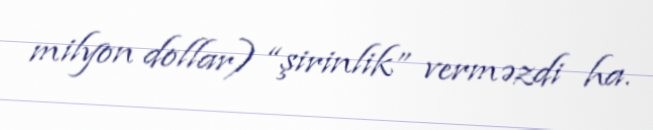
milyon dollar) “şirinlik” verməzdi ha.